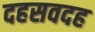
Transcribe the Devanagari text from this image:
दहसवदह